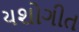
યશોગીત